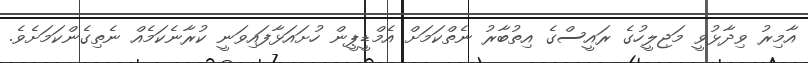
އާމިރު ވިދާޅުވީ މަޖިލީހުގެ ރައީސްގެ އިތުބާރު ނެތްކަމަށް އެމްޑީޕީން ހުށައަޅާފައިވަނީ ކުރާނެކަމެއް ނެތިގެންކަމަށެވެ.